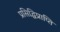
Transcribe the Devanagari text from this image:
प्रसिद्धिप्राप्ति